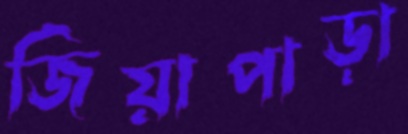
জিয়াপাড়া